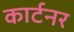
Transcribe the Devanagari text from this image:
कार्टनर